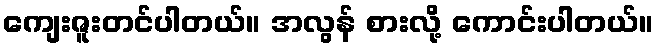
ကျေးဇူးတင်ပါတယ်။ အလွန် စားလို့ ကောင်းပါတယ်။